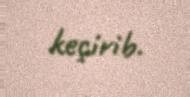
keçirib.